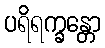
ပရိရက္ခန္တော